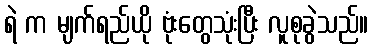
ရဲ က မျက်ရည်ယို ဗုံးတွေသုံးပြီး လူစုခွဲသည်။